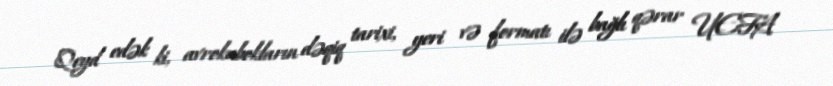
Qeyd edək ki, avrokubokların dəqiq tarixi, yeri və formatı ilə bağlı qərar UEFA